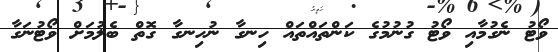
ވޯޓު ނެގުމާއި ވޯޓު ގުނުމުގެ ކަންތައްތައް ހިނގާ ނުހިނގާ ގޮތް ބެލުމަށް ވޯޓުނަގާ